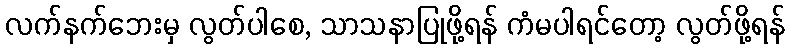
လက်နက်ဘေးမှ လွတ်ပါစေ, သာသနာပြုဖို့ရန် ကံမပါရင်တော့ လွတ်ဖို့ရန်